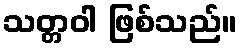
သတ္တဝါ ဖြစ်သည်။